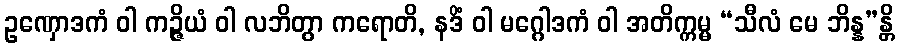
ဥဏှောဒကံ ဝါ ကဉ္ဇိယံ ဝါ လဘိတွာ ကရောတိ, နဒိံ ဝါ မဂ္ဂေါဒကံ ဝါ အတိက္ကမ္မ “သီလံ မေ ဘိန္န”န္တိ